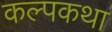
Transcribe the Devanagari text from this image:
कल्पकथा